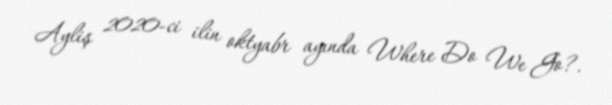
Ayliş 2020-ci ilin oktyabr ayında Where Do We Go?.